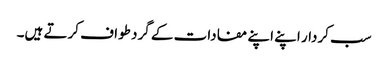
سب کردار اپنے اپنے مفادات کے گرد طواف کرتے ہیں۔